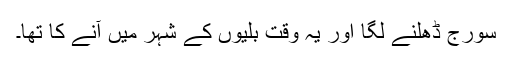
سورج ڈھلنے لگا اور یہ وقت بلّیوں کے شہر میں آنے کا تھا۔